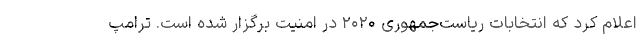
اعلام کرد که انتخابات ریاست‌جمهوری ۲۰۲۰ در امنیت برگزار شده است. ترامپ